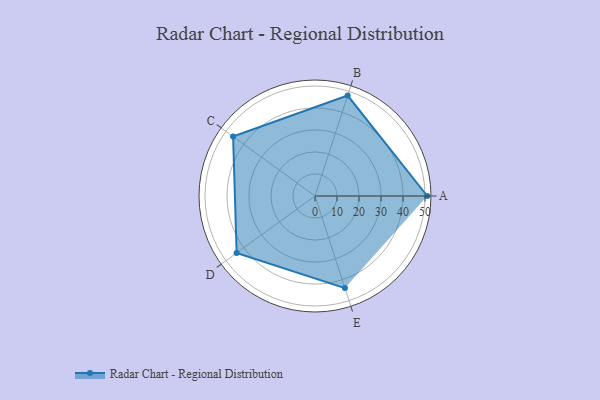
{"axis": {"x": "Skill", "y": "Score"}, "legend": ["Profile"], "data": [{"x": "A", "y": 51.0, "type": "Profile"}, {"x": "B", "y": 48.0, "type": "Profile"}, {"x": "C", "y": 46.0, "type": "Profile"}, {"x": "D", "y": 44.0, "type": "Profile"}, {"x": "E", "y": 44.0, "type": "Profile"}]}